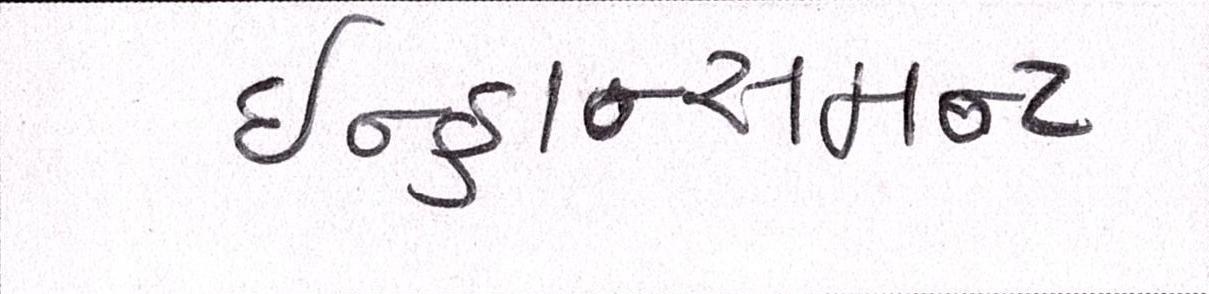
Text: ઇન્હાન્સમન્ટ